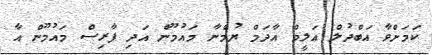
ކަމަށްވާ އަބްދުލް އަލީމް އާދަމް ޔުމްނާ މައުމޫން އަދި ފާރިސް މައުމޫން އާ